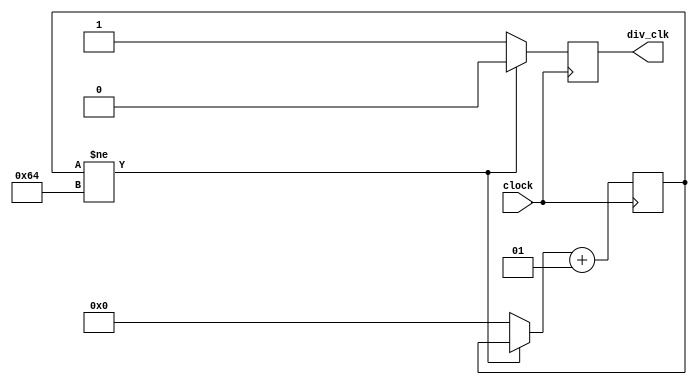
module freq_div(
    input wire clock,
    output reg div_clk
);
  
  integer count = 0;
  
  always @(posedge clock) begin
      if(count != 100)
        begin
          div_clk = 0;
        end

      else
        begin
          count = 0;
          div_clk = 1;
        end
      
      count = count + 1;
  end
endmodule